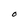
Character: O